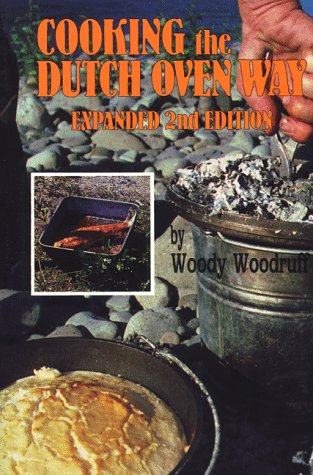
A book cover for Cooking the Dutch Oven Way; Woody Woodruff; Cookbooks, Food & Wine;